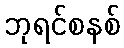
ဘုရင်စနစ်